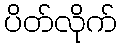
ပိတ်လိုက်